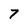
Character: 7